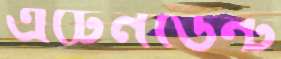
এটেনডেন্ট